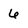
Character: 6